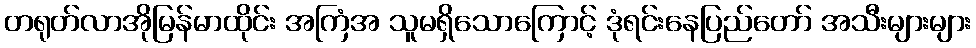
တရုတ်လာအိုမြန်မာထိုင်း အကြံအ သူမရှိသောကြောင့် ဒုံရင်းနေပြည်တော် အသီးများများ